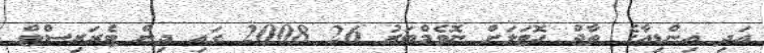
އަދި އިންޑިއާގެ ތާޖް ހޮޓަލަށް ނޮވެމްބަރު 26 2008 ގައި ދިން ޓެރަރިސްޓް